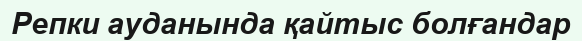
Репки ауданында қайтыс болғандар